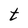
Character: t